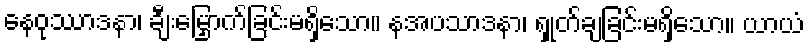
နေဝုဿာဒနာ၊ ချီးမြှောက်ခြင်းမရှိသော။ နအပသာဒနာ၊ ရှုတ်ချခြင်းမရှိသော။ ယာယံ